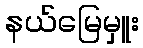
နယ်မြေမှူး